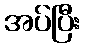
အပ်ပြီး